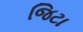
જિટા